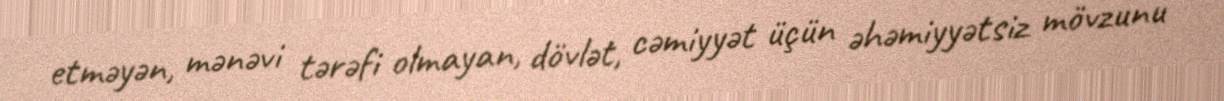
etməyən, mənəvi tərəfi olmayan, dövlət, cəmiyyət üçün əhəmiyyətsiz mövzunu